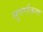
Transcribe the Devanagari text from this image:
सुवर्णकण